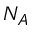
N _ { A }